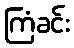
ကြံခင်း